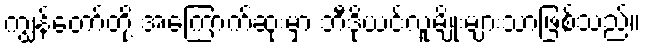
ကျွန်တော်တို့ အကြောက်ဆုံးမှာ ဘီဒိုယင်လူမျိုးများသာဖြစ်သည်။